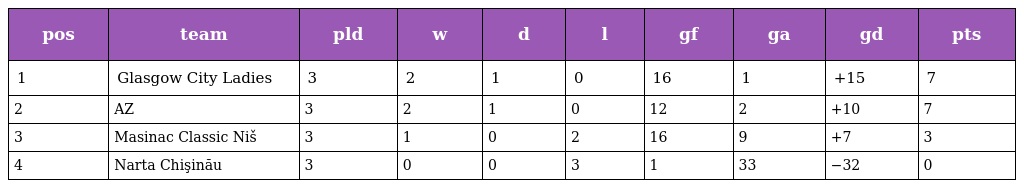
| pos | team | pld | w | d | l | gf | ga | gd | pts |
 | --- | --- | --- | --- | --- | --- | --- | --- | --- | --- |
 | 1 | Glasgow City Ladies | 3 | 2 | 1 | 0 | 16 | 1 | +15 | 7 |
 | 2 | AZ | 3 | 2 | 1 | 0 | 12 | 2 | +10 | 7 |
 | 3 | Masinac Classic Niš | 3 | 1 | 0 | 2 | 16 | 9 | +7 | 3 |
 | 4 | Narta Chişinău | 3 | 0 | 0 | 3 | 1 | 33 | −32 | 0 |